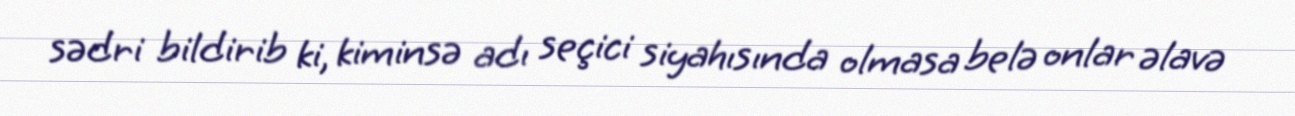
sədri bildirib ki, kiminsə adı seçici siyahısında olmasa belə onlar əlavə